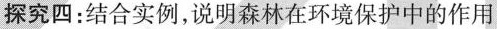
探究四：结合实例，说明森林在环境保护中的作用